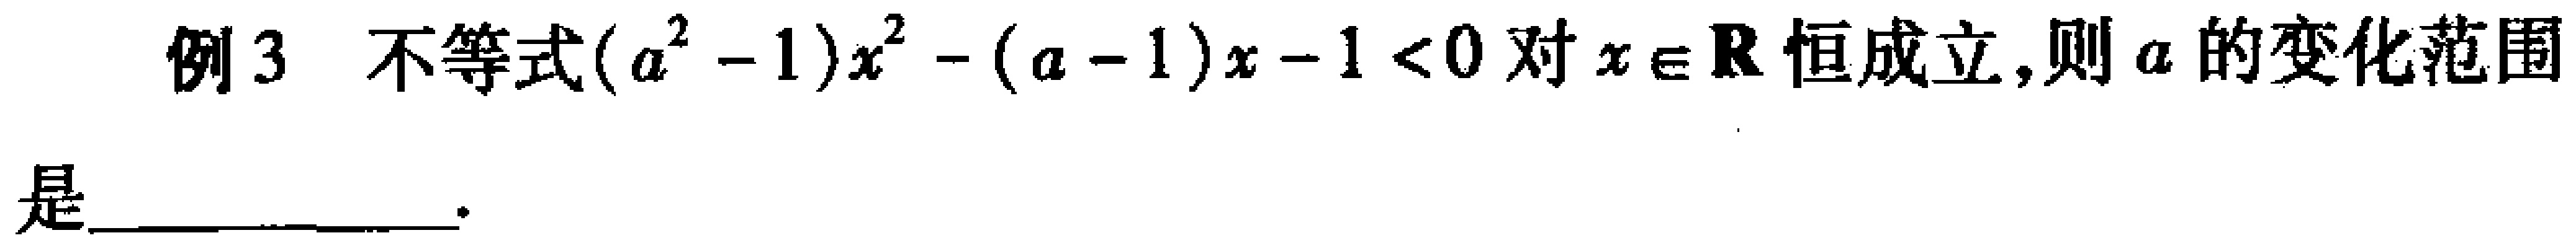
例3 不等式\((a^{2}-1)x^{2}-(a - 1)x - 1 < 0\)对\(x\in\mathbf{R}\)恒成立，则\(a\)的变化范围是  。